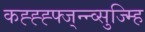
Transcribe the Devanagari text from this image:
कह्ह्ह्फ्ज्न्न्व्सुज्म्हि